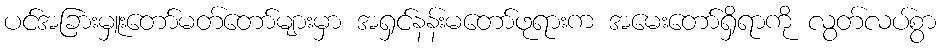
ပင်အခြားမှူးတော်မတ်တော်များမှာ အရှင်နန်းမတော်ဖုရားက အမေးတော်ရှိရာကို လွတ်လပ်စွာ